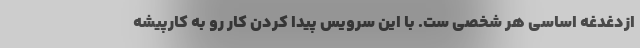
ازدغدغه اساسی هر شخصی ست. با این سرویس پیدا کردن کار رو به کارپیشه